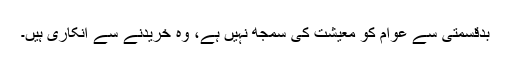
بدقسمتی سے عوام کو معیشت کی سمجھ نہیں ہے، وہ خریدنے سے انکاری ہیں۔